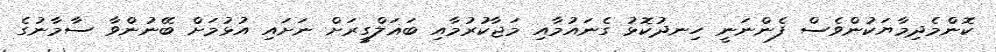
ކޮންމެދިމާޔަކުންވެސް ފެންނަނީ ހިނދުކޮޅު ގެނައުމާއި މަޖާކުރުމާއި ބަޣަލްގީރަށް ނަށައި އުޅުމަށް ބޭނުންވާ ސާމާނުގެ